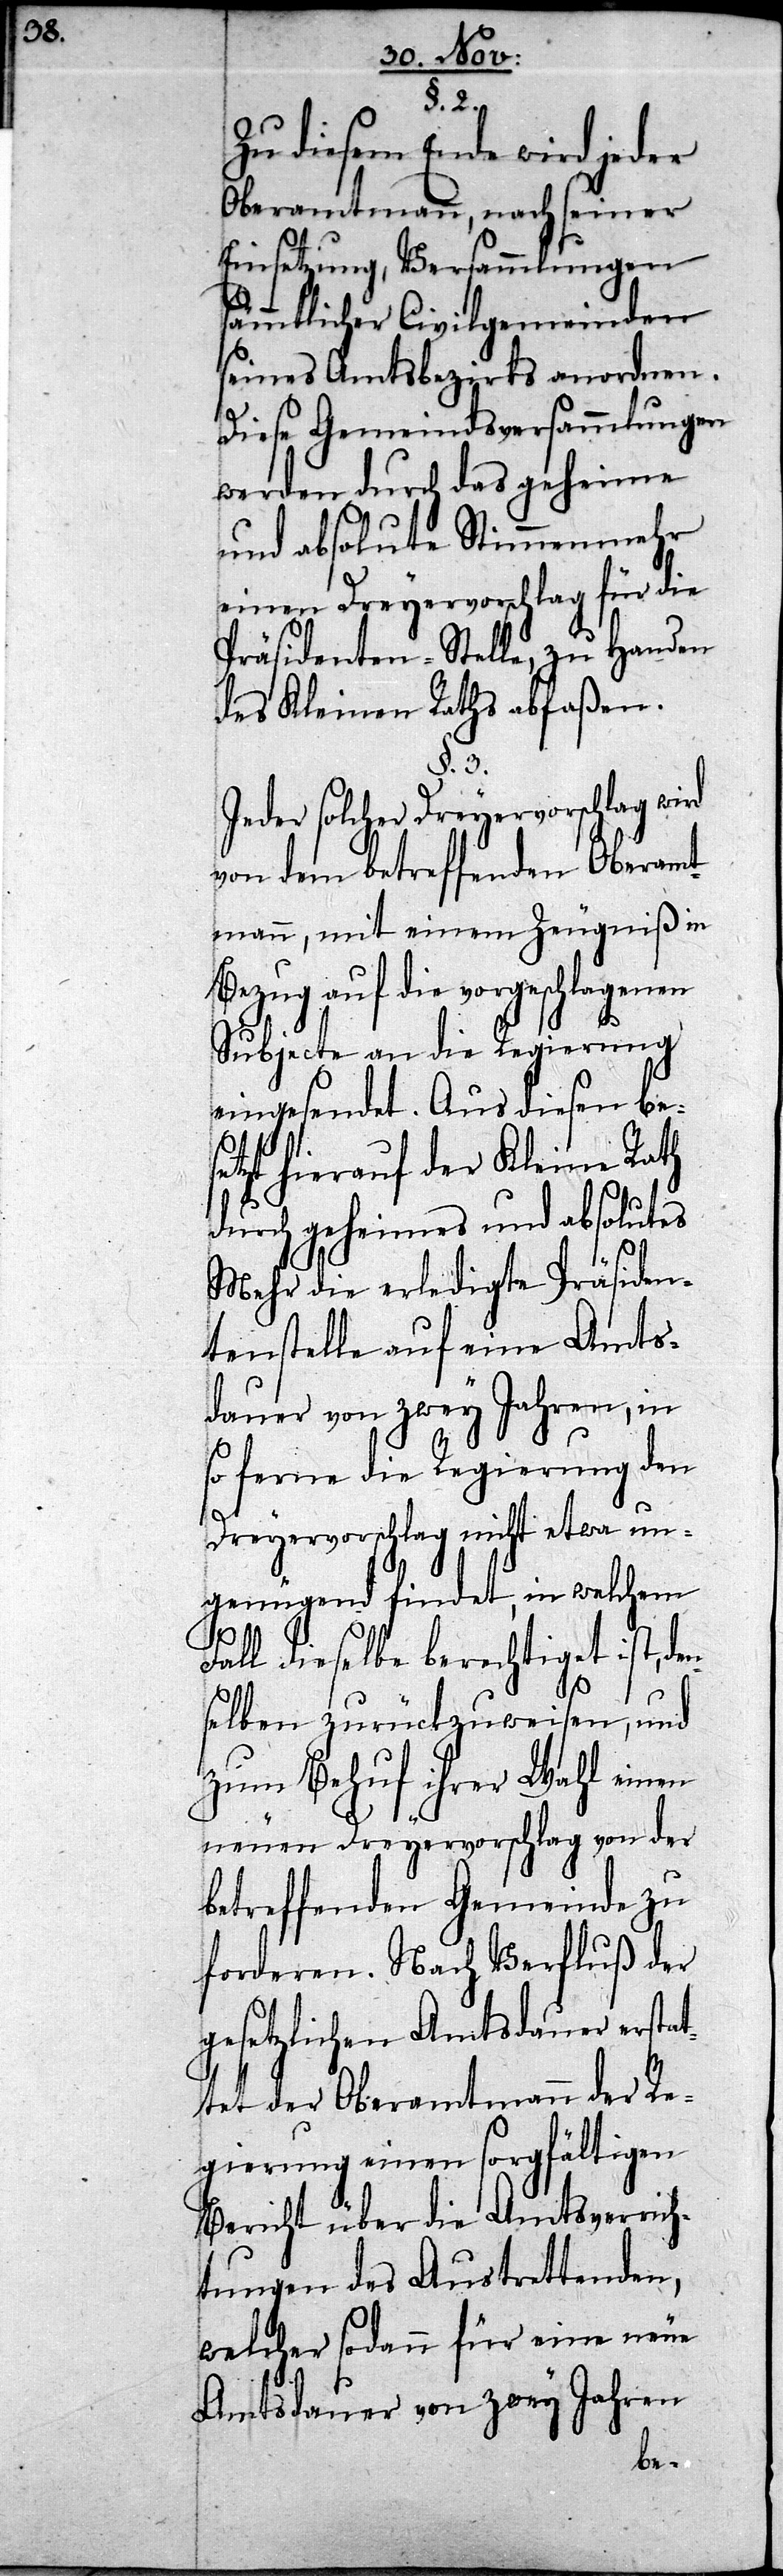
§. 2.
Zu diesem Ende wird jeder
Oberamtmann, nach seiner
Einsetzung, Versammlungen
sämmtlicher Civilgemeinden
seines Amtsbezirks anordnen.
Diese Gemeindsversammlungen
werden durch das geheime
und absolute Stimmenmehr
einen Dreyervorschlag für die
Präsidenten-Stelle, zu Handen
des Kleinen Raths abfaßen.
§. 3.
Jeder solcher Dreyervorschlag wird
von dem betreffenden Oberamt¬
mann, mit einem Zeugniß in
Bezug auf die vorgeschlagenen
Subjecte an die Regierung
eingesendet. Aus diesen bes¬
etzt hierauf der Kleine Rath
durch geheimes und absolutes
Mehr die erledigte Präsiden¬
tenstelle auf eine Amts¬
dauer von zwey Jahren, in
so ferne die Regierung den
Dreyervorschlag nicht etwa un¬
genügend findet, in welchem
Fall dieselbe berechtiget ist, de¬
n¬
selben zurückzuweisen, und
zum Behuf ihrer Wahl einen
neuen Dreyervorschlag von der
betreffenden Gemeinde zu
forderen. Nach Verfluß der
gesetzlichen Amtsdauer erstat¬
tet der Oberamtmann der Re¬
gierung einen sorgfältigen
Bericht über die Amtsverrich¬
tungen des Austrettenden,
welcher sodann für eine neue
Amtsdauer von zwey Jahren